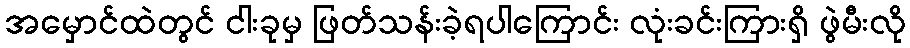
အမှောင်ထဲတွင် ငါးခုမှ ဖြတ်သန်းခဲ့ရပါကြောင်း လုံးခင်းကြားရှိ ဖွဲမီးလို